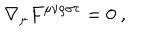
\nabla _ { \mu } F ^ { \mu \nu \rho \sigma \tau } = 0 ~ ,